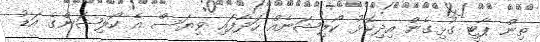
ތިން ޕާޓީ ގުޅިގެން އިދިކޮޅު ކޯލިޝަނެއް ހަދާފައި ވިޔަސް އެ ކޯލިޝަންގެ އަޑު